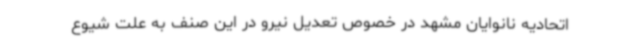
اتحادیه نانوایان مشهد در خصوص تعدیل نیرو در این صنف به ‌علت شیوع